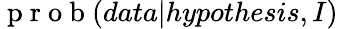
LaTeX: \mathrm{~p~r~o~b~}(data|hypothesis,I)